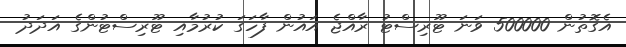
އެގޮތުން 500000 ވަނަ ޓޫރިސްޓު ރާއްޖެ އައުން ފާހަގަ ކުރުމާއި ޓޫރިސްޓުންގެ އަދަދު